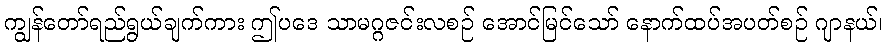
ကျွန်တော်ရည်ရွယ်ချက်ကား ဤပဒေ သာမဂ္ဂဇင်းလစဉ် အောင်မြင်သော် နောက်ထပ်အပတ်စဉ် ဂျာနယ်၊